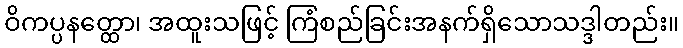
ဝိကပ္ပနတ္ထော၊ အထူးသဖြင့် ကြံစည်ခြင်းအနက်ရှိသောသဒ္ဒါတည်း။